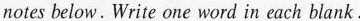
notes below. Write one word in each blank.